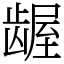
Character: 龌